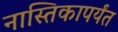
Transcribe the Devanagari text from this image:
नास्तिकापर्यंत